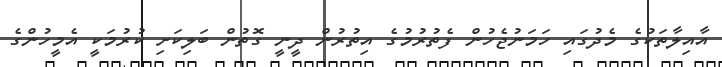
އާއިލާތަކުގެ މެދުގައި ހަމަނުޖެހުން ފެތުރުމުގެ އިތުރުން ދީނީ ގޮތުން ބަލިކަށި ކުރުމަކީ އެމީހުންގެ